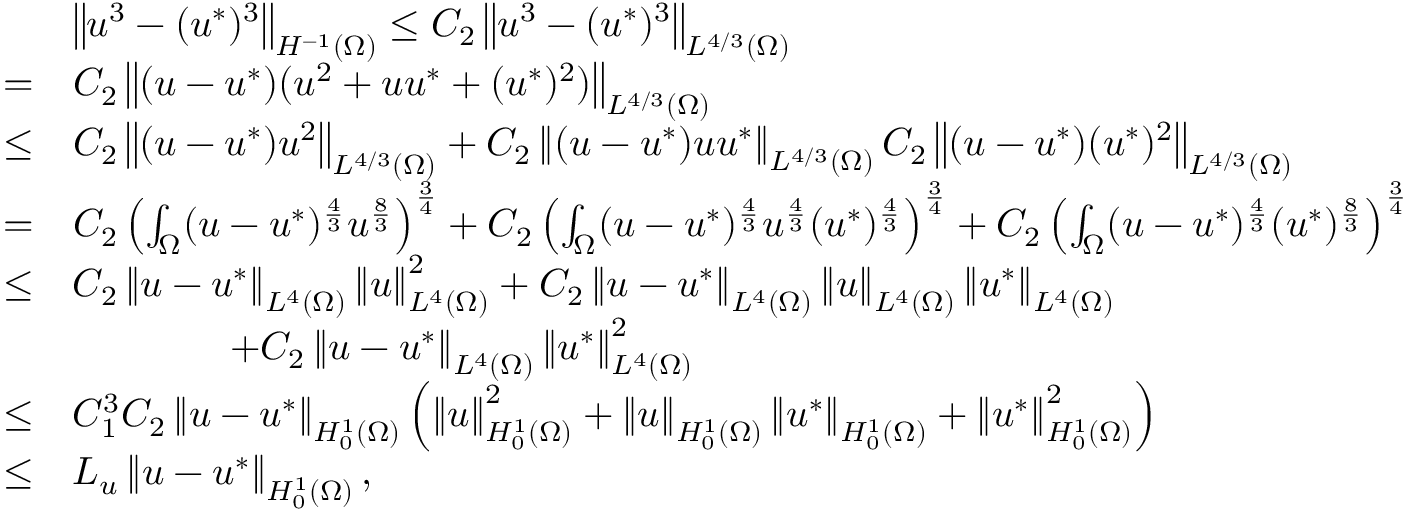
\begin{array} { r l } & { \left\Vert u ^ { 3 } - ( u ^ { * } ) ^ { 3 } \right\Vert _ { H ^ { - 1 } ( \Omega ) } \leq C _ { 2 } \left\Vert u ^ { 3 } - ( u ^ { * } ) ^ { 3 } \right\Vert _ { L ^ { 4 / 3 } ( \Omega ) } } \\ { = } & { C _ { 2 } \left\Vert ( u - u ^ { * } ) ( u ^ { 2 } + u u ^ { * } + ( u ^ { * } ) ^ { 2 } ) \right\Vert _ { L ^ { 4 / 3 } ( \Omega ) } } \\ { \leq } & { C _ { 2 } \left\Vert ( u - u ^ { * } ) u ^ { 2 } \right\Vert _ { L ^ { 4 / 3 } ( \Omega ) } + C _ { 2 } \left\Vert ( u - u ^ { * } ) u u ^ { * } \right\Vert _ { L ^ { 4 / 3 } ( \Omega ) } C _ { 2 } \left\Vert ( u - u ^ { * } ) ( u ^ { * } ) ^ { 2 } \right\Vert _ { L ^ { 4 / 3 } ( \Omega ) } } \\ { = } & { C _ { 2 } \left( \int _ { \Omega } ( u - u ^ { * } ) ^ { \frac { 4 } { 3 } } u ^ { \frac { 8 } { 3 } } \right) ^ { \frac { 3 } { 4 } } + C _ { 2 } \left( \int _ { \Omega } ( u - u ^ { * } ) ^ { \frac { 4 } { 3 } } u ^ { \frac { 4 } { 3 } } ( u ^ { * } ) ^ { \frac { 4 } { 3 } } \right) ^ { \frac { 3 } { 4 } } + C _ { 2 } \left( \int _ { \Omega } ( u - u ^ { * } ) ^ { \frac { 4 } { 3 } } ( u ^ { * } ) ^ { \frac { 8 } { 3 } } \right) ^ { \frac { 3 } { 4 } } } \\ { \leq } & { C _ { 2 } \left\Vert u - u ^ { * } \right\Vert _ { L ^ { 4 } ( \Omega ) } \left\Vert u \right\Vert _ { L ^ { 4 } ( \Omega ) } ^ { 2 } + C _ { 2 } \left\Vert u - u ^ { * } \right\Vert _ { L ^ { 4 } ( \Omega ) } \left\Vert u \right\Vert _ { L ^ { 4 } ( \Omega ) } \left\Vert u ^ { * } \right\Vert _ { L ^ { 4 } ( \Omega ) } } \\ & { \qquad \qquad + C _ { 2 } \left\Vert u - u ^ { * } \right\Vert _ { L ^ { 4 } ( \Omega ) } \left\Vert u ^ { * } \right\Vert _ { L ^ { 4 } ( \Omega ) } ^ { 2 } } \\ { \leq } & { C _ { 1 } ^ { 3 } C _ { 2 } \left\Vert u - u ^ { * } \right\Vert _ { H _ { 0 } ^ { 1 } ( \Omega ) } \left( \left\Vert u \right\Vert _ { H _ { 0 } ^ { 1 } ( \Omega ) } ^ { 2 } + \left\Vert u \right\Vert _ { H _ { 0 } ^ { 1 } ( \Omega ) } \left\Vert u ^ { * } \right\Vert _ { H _ { 0 } ^ { 1 } ( \Omega ) } + \left\Vert u ^ { * } \right\Vert _ { H _ { 0 } ^ { 1 } ( \Omega ) } ^ { 2 } \right) } \\ { \leq } & { L _ { u } \left\Vert u - u ^ { * } \right\Vert _ { H _ { 0 } ^ { 1 } ( \Omega ) } , } \end{array}